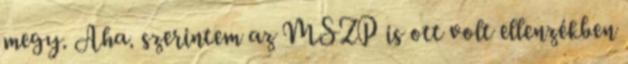
megy. Aha. szerintem az MSZP is ott volt ellenzékben